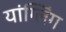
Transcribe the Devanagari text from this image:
यांग्लिंग